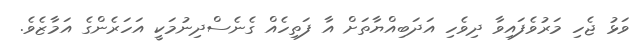
ވަޅު ޖެހި މަރުވެފައިވާ ދިވެހި އަދަބިއްޔާތަށް އާ ފަތިހެއް ގެނެސްދިނުމަކީ އަހަރެންގެ އަމާޒެވެ.